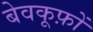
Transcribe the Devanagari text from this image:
बेवकूफ़ों